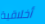
أخلاقية